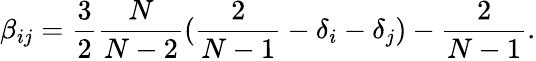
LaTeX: \beta_{ij}=\frac{3}{2}\frac{N}{N-2}(\frac{2}{N-1}-\delta_{i}-\delta_{j})-\frac{2}{N-1}.